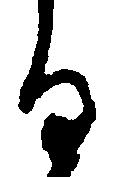
る